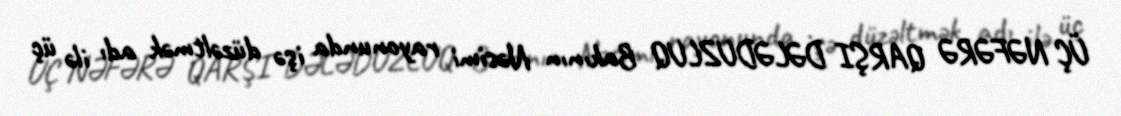
ÜÇ NƏFƏRƏ QARŞI DƏLƏDUZLUQ Bakının Nəsimi rayonunda işə düzəltmək adı ilə üç